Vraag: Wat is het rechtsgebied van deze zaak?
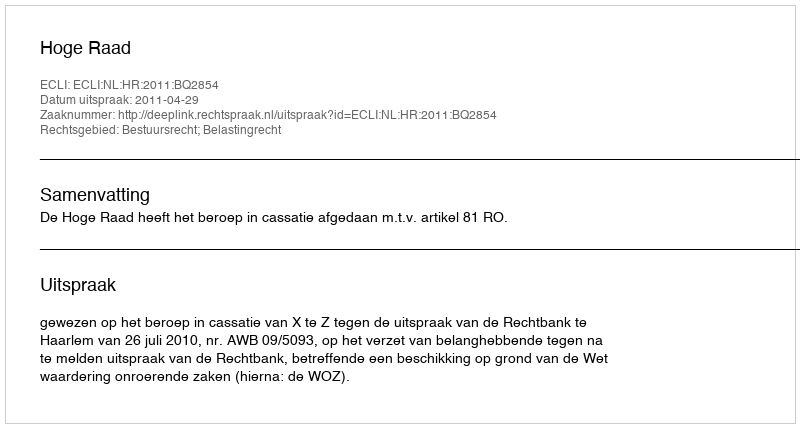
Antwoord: Bestuursrecht; Belastingrecht